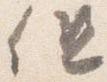
但